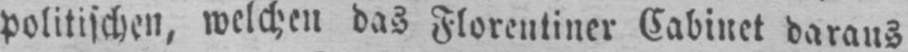
politischen, welchen das Florentiner Cabinet daraus